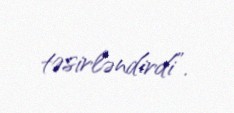
təsirləndirdi”.